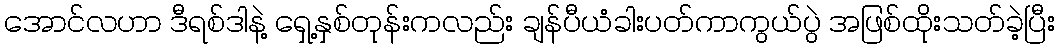
အောင်လဟာ ဒီရစ်ဒါနဲ့ ရှေ့နှစ်တုန်းကလည်း ချန်ပီယံခါးပတ်ကာကွယ်ပွဲ အဖြစ်ထိုးသတ်ခဲ့ပြီး